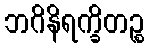
ဘဂိနိရက္ခိတဉ္စ